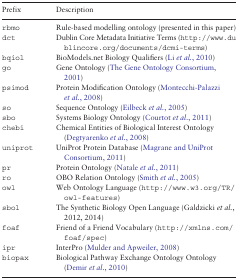
| Prefix | Description |
 | --- | --- |
 | rbmo | Rule-based modelling ontology (presented in this paper) |
 | dct | Dublin Core Metadata Initiative Terms (http://www.dublincore.org/documents/dcmi-terms) |
 | bqiol | BioModels.net Biology Qualifiers (Li et al., 2010) |
 | go | Gene Ontology (The Gene Ontology Consortium, 2001) |
 | psimod | Protein Modification Ontology (Montecchi-Palazzi et al., 2008) |
 | so | Sequence Ontology (Eilbeck et al., 2005) |
 | sbo | Systems Biology Ontology (Courtot et al., 2011) |
 | chebi | Chemical Entities of Biological Interest Ontology (Degtyarenko et al., 2008) |
 | uniprot | UniProt Protein Database (Magrane and UniProt Consortium, 2011) |
 | pr | Protein Ontology (Natale et al., 2011) |
 | ro | OBO Relation Ontology (Smith et al., 2005) |
 | owl | Web Ontology Language (http://www.w3.org/TR/owl-features) |
 | sbol | The Synthetic Biology Open Language (Galdzicki et al., 2012, 2014) |
 | foaf | Friend of a Friend Vocabulary (http://xmlns.com/foaf/spec) |
 | ipr | InterPro (Mulder and Apweiler, 2008) |
 | biopax | Biological Pathway Exchange Ontology Ontology (Demir et al., 2010) |